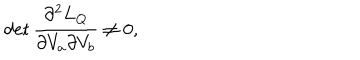
\det \frac { \partial ^ { 2 } L _ { \mathrm { Q } } } { \partial V _ { a } \partial V _ { b } } \neq 0 ,